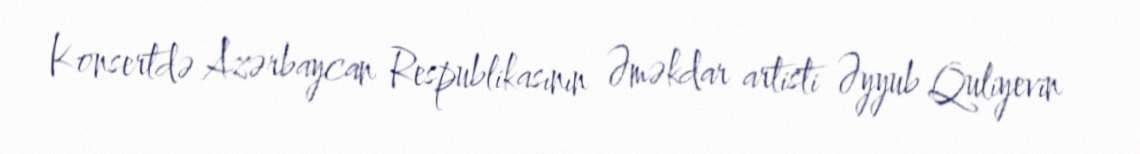
Konsertdə Azərbaycan Respublikasının Əməkdar artisti Əyyub Quliyevin